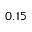
0 . 1 5